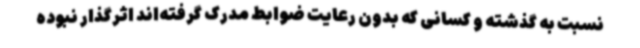
نسبت به گذشته و کسانی که بدون رعایت ضوابط مدرک گرفته‌اند اثرگذار نبوده